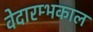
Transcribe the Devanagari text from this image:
वेदारम्भकाल